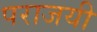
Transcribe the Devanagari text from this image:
पराजयी